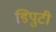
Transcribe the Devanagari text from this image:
डिपुटी